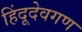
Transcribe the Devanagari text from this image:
हिंदूदेवगण